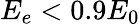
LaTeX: E_{e}<0.9E_{0}